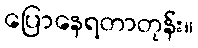
ပြောနေရတာတုန်း။